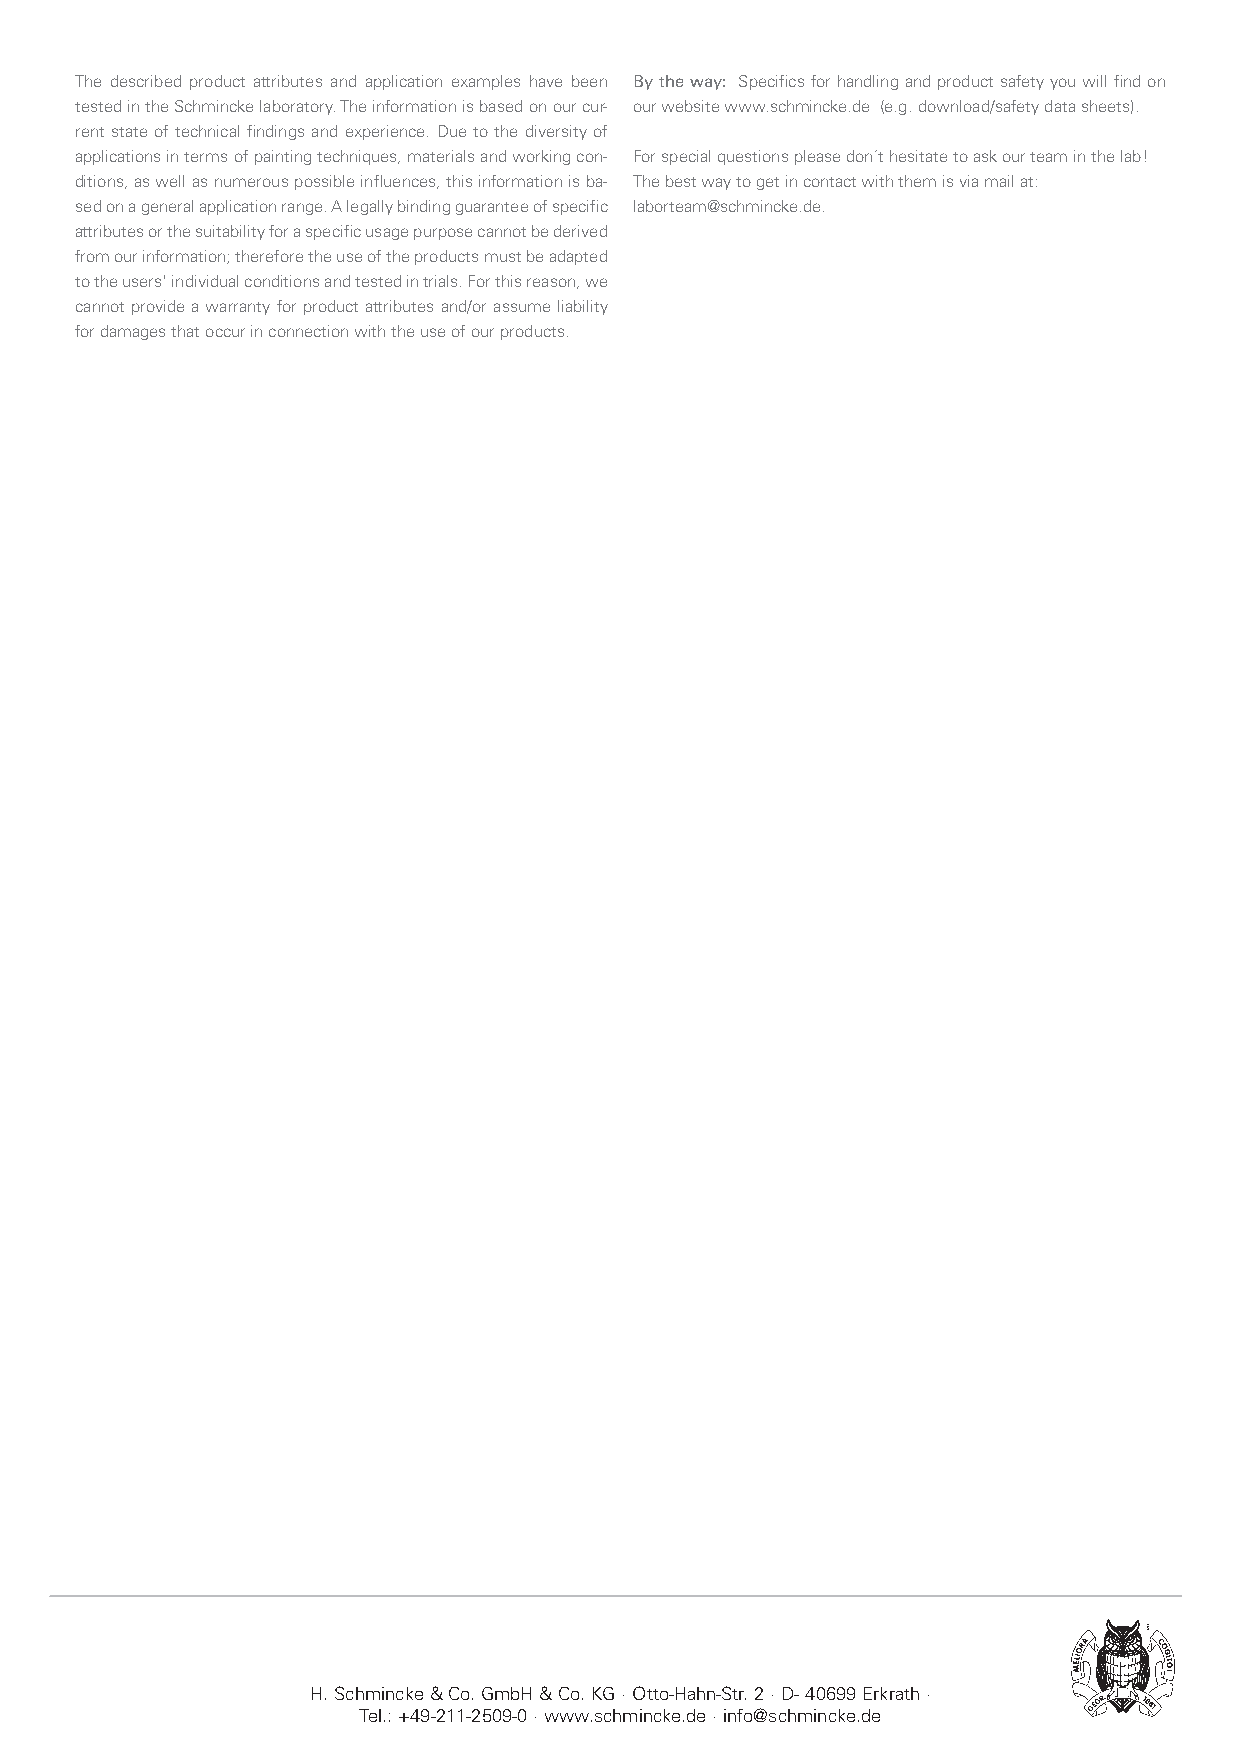
The described product attributes and application examples have been By the way: Specifics for handling and product safety you will find on
 tested in the Schmincke laboratory. The information is based on our cur- our website www.schmincke.de (e.g. download/safety data sheets).
 rent state of technical findings and experience. Due to the diversity of
 applications in terms of painting techniques, materials and working con- For special questions please don´t hesitate to ask our team in the lab!
 ditions, as well as numerous possible influences, this information is ba- The best way to get in contact with them is via mail at:
 sed on a general application range. A legally binding guarantee of specific laborteam@schmincke.de.
 attributes or the suitability for a specific usage purpose cannot be derived
 from our information; therefore the use of the products must be adapted
 to the users' individual conditions and tested in trials. For this reason, we
 cannot provide a warranty for product attributes and/or assume liability
 for damages that occur in connection with the use of our products.
 H. Schmincke & Co. GmbH & Co. KG · Otto-Hahn-Str. 2 · D- 40699 Erkrath ·
 Tel.: +49-211-2509-0 · www.schmincke.de · info@schmincke.de